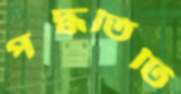
পদ্ধতিটি